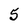
Character: 5